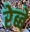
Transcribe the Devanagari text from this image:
रेब्बे